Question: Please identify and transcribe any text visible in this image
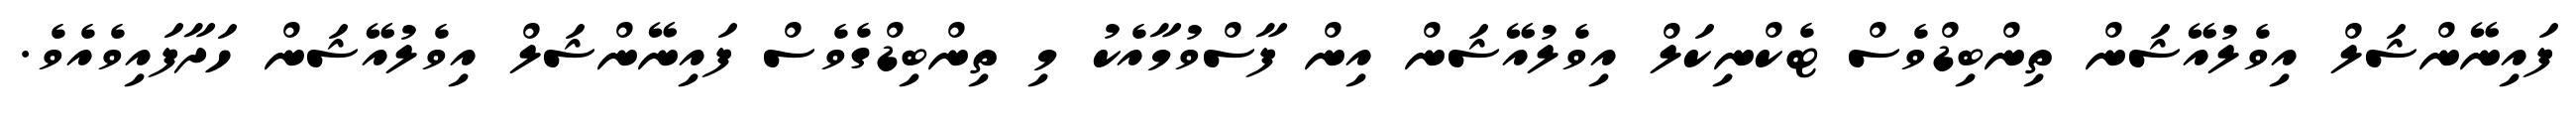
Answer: ފައިނޭންޝަލް އިވެލުއޭޝަން ތިންބިޑްވެސް ޓެކްނިކަލް އިވެލުއޭޝަން އިން ފާސްވުމާއެކު މި ތިންބިޑްގެވެސް ފައިނޭންޝަލް އިވެލުއޭޝަން ހަދާފައިވެއެވެ.